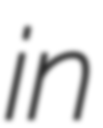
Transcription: in